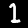
Label: 1